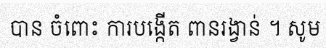
បាន ចំពោះ ការបង្កើត ពានរង្វាន់ ។ សូម